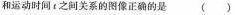
和运动时间t之间关系的图像正确的是 ()